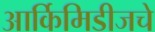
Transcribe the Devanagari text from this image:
आर्किमिडीजचे